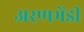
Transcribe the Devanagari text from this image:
अरणभेंडी